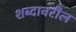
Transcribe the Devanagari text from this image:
शब्दावरील